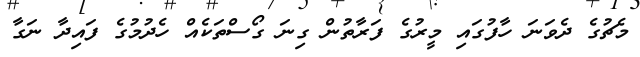
މެޗުގެ ދެވަނަ ހާފުގައި މީރުގެ ފަރާތުން ގިނަ ގޯސްތަކެއް ހެދުމުގެ ފައިދާ ނަގާ